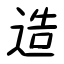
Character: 造